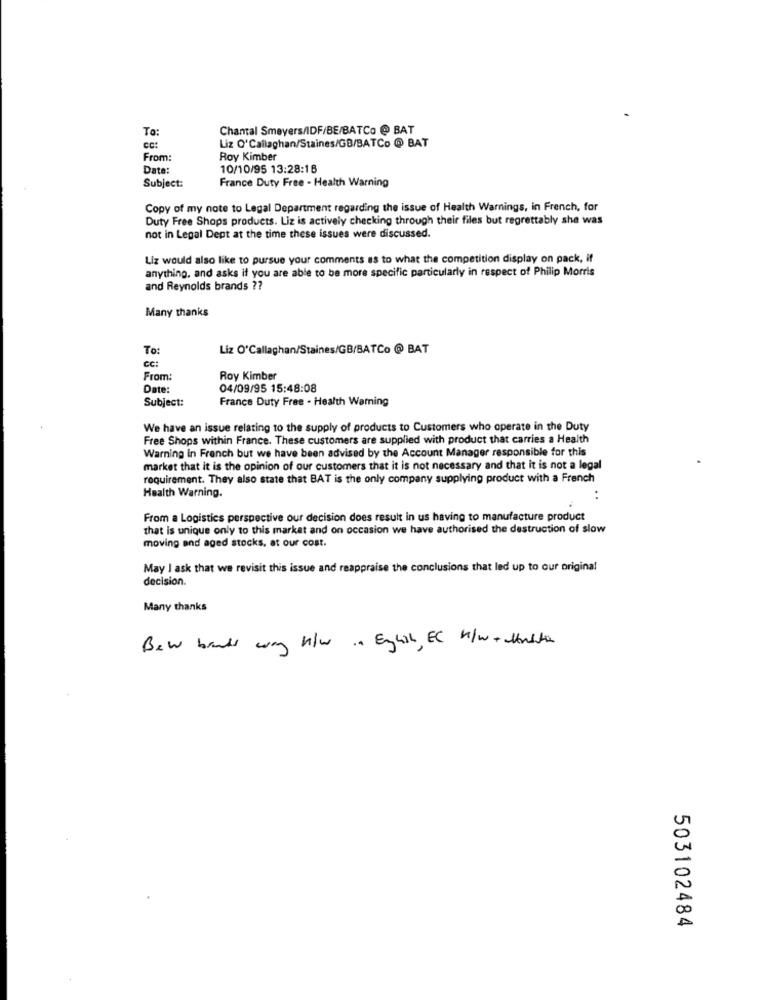
To:
Chantal Smeyers/IDF/BE/BATCo @ BAT
Cc:
Liz O'Callaghan/Staines/GB/BATCo @ BAT
From:
Roy Kimber
Date:
10/10/95 13:28:16
France Duty Free - Health Warning
Subject:
Copy of my note to Legal Department regarding the issue of Health Warnings, in French, for
Duty Free Shops products. Liz is actively checking through their files but regrettably she was
not in Legal Dept at the time these issues were discussed.
Liz would also like to pursue your comments as to what the competition display on pack, if
anything, and asks if you are able to be more specific particularly in respect of Philip Morris
and Reynolds brands ??
Many thanks
To:
Liz O'Callaghan/Staines/GB/BATCo @ BAT
Cc:
From:
Roy Kimber
Date:
04/09/95 15:48:08
Subject:
France Duty Free - Health Warning
We have an issue relating to the supply of products to Customers who operate in the Duty
Free Shops within France. These customers are supplied with product that carries a Health
Warning in French but we have been advised by the Account Manager responsible for this
market that it is the opinion of our customers that it is not necessary and that it is not a legal
requirement. They also state that BAT is the only company supplying product with a French
Health Warning.
From a Logistics perspective our decision does result in us having to manufacture product
that is unique only to this market and on occasion we have authorised the destruction of slow
moving and aged stocks, at our cost.
May I ask that we revisit this issue and reappraise the conclusions that led up to our original
decision.
Many thanks
Bew bands way n/w. English, EC n/w+Hasta
503102484